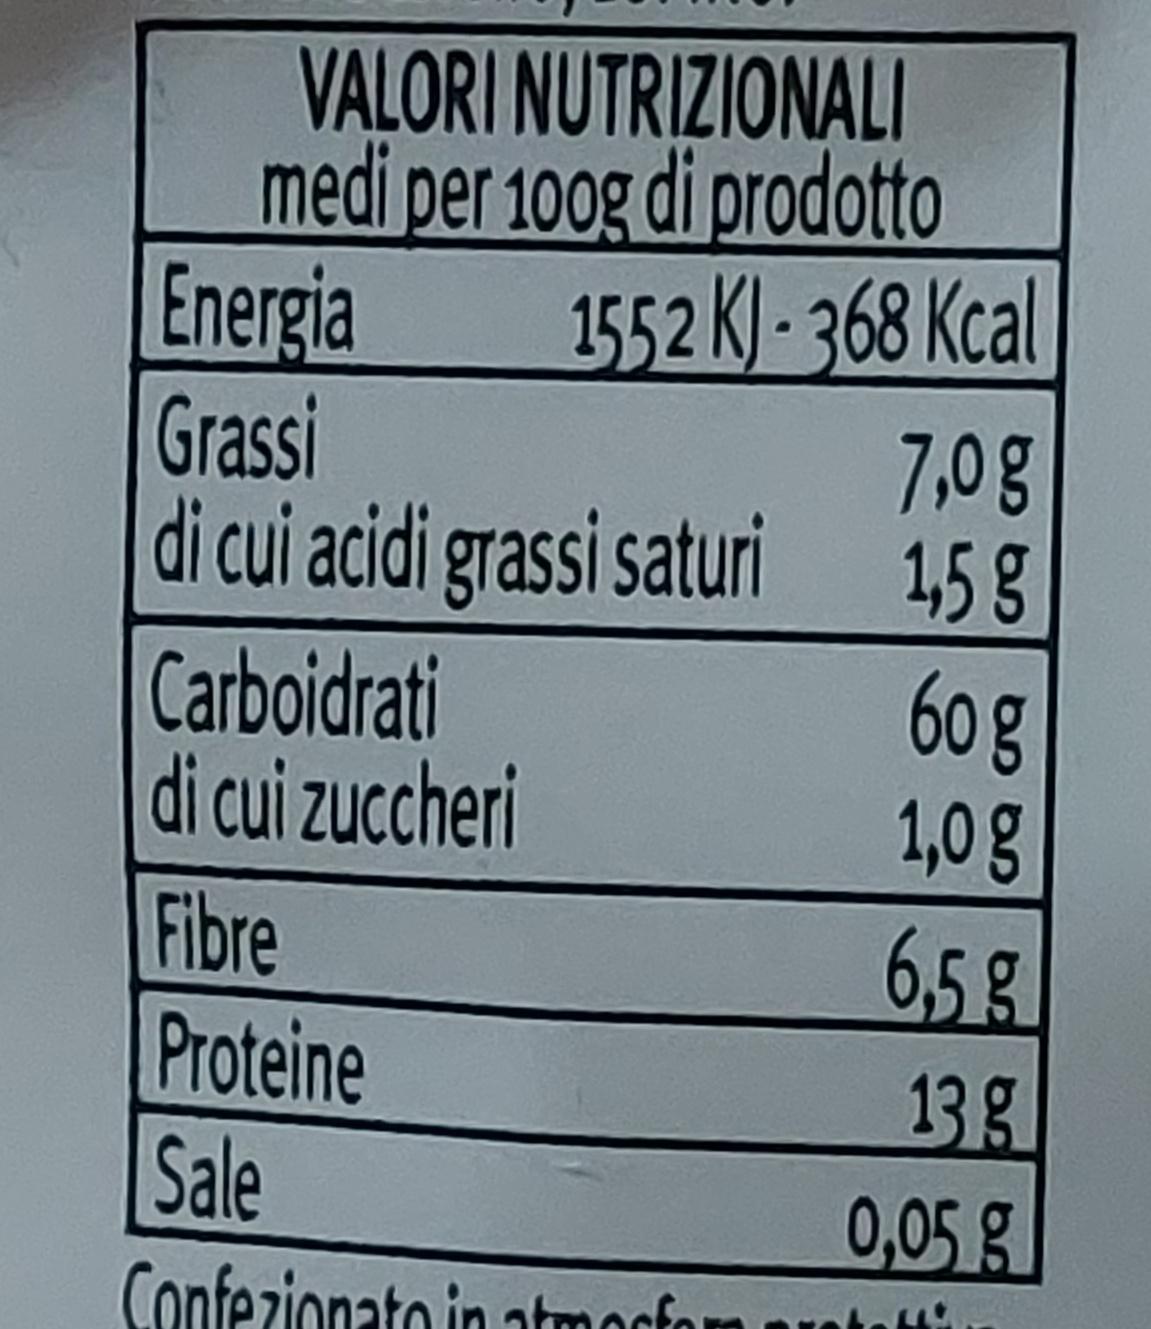
VALORI NUTRIZIONALI medi per 100g di prodotto
Energia Grassi
di cui acidi grassi saturi
1552 KJ-368 Kcal
Carboidrati
di cui zuccheri
Fibre
Proteine Sale
Confezionato in atmosfor p
7,0 g
1,5 g
60 g
1,0 g
6,5 g
13 g
0,05 g